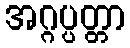
အဂ္ဂပ္ပတ္တာ